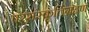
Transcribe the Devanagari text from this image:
परसंस्कृतिग्रहण